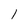
Character: 1